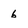
Character: 6